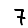
Digit: 7